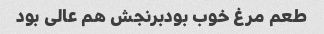
طعم مرغ خوب بودبرنجش هم عالی بود